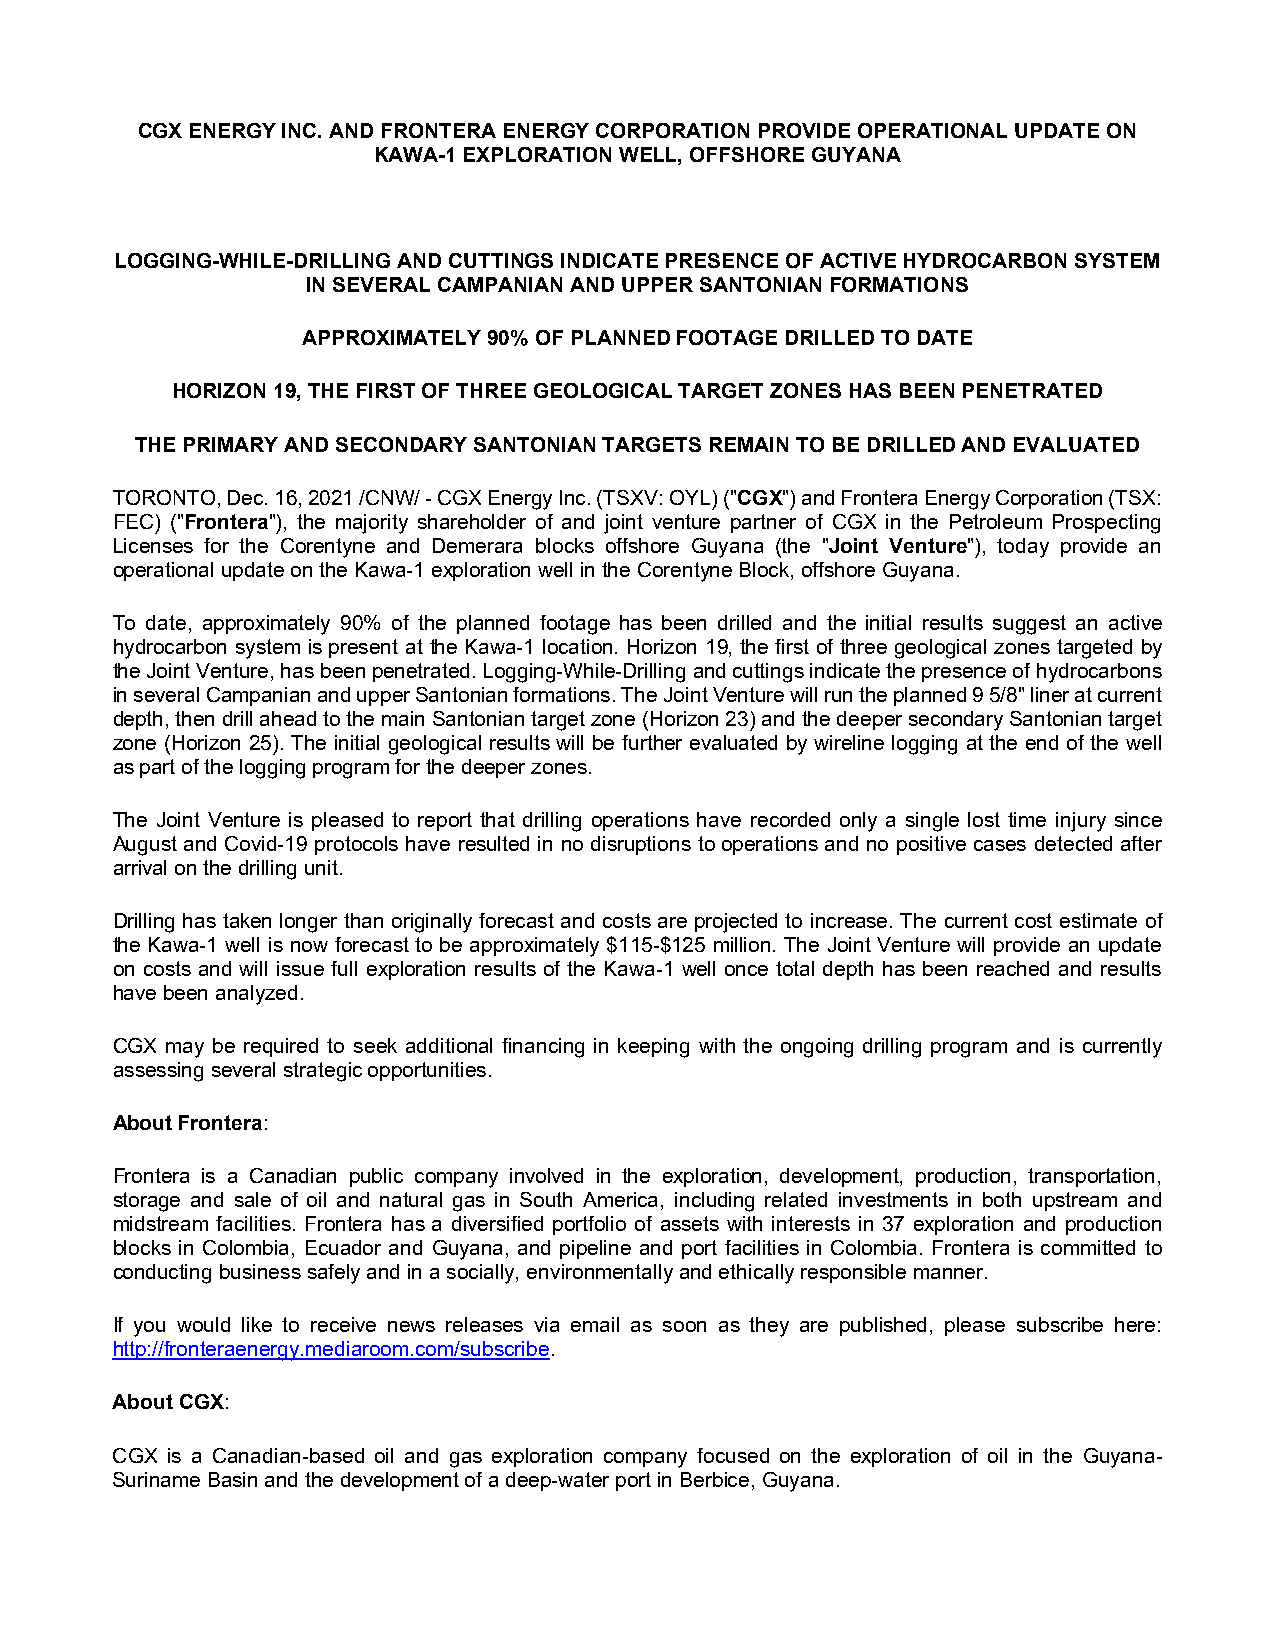
CGX ENERGY INC. AND FRONTERA ENERGY CORPORATION PROVIDE OPERATIONAL UPDATE ON
 KAWA-1 EXPLORATION WELL, OFFSHORE GUYANA
 LOGGING-WHILE-DRILLING AND CUTTINGS INDICATE PRESENCE OF ACTIVE HYDROCARBON SYSTEM
 IN SEVERAL CAMPANIAN AND UPPER SANTONIAN FORMATIONS
 APPROXIMATELY 90% OF PLANNED FOOTAGE DRILLED TO DATE
 HORIZON 19, THE FIRST OF THREE GEOLOGICAL TARGET ZONES HAS BEEN PENETRATED
 THE PRIMARY AND SECONDARY SANTONIAN TARGETS REMAIN TO BE DRILLED AND EVALUATED
 TORONTO, Dec. 16, 2021 /CNW/ - CGX Energy Inc. (TSXV: OYL) ("CGX") and Frontera Energy Corporation (TSX:
 FEC) ("Frontera"), the majority shareholder of and joint venture partner of CGX in the Petroleum Prospecting
 Licenses for the Corentyne and Demerara blocks offshore Guyana (the "Joint Venture"), today provide an
 operational update on the Kawa-1 exploration well in the Corentyne Block, offshore Guyana.
 To date, approximately 90% of the planned footage has been drilled and the initial results suggest an active
 hydrocarbon system is present at the Kawa-1 location. Horizon 19, the first of three geological zones targeted by
 the Joint Venture, has been penetrated. Logging-While-Drilling and cuttings indicate the presence of hydrocarbons
 in several Campanian and upper Santonian formations. The Joint Venture will run the planned 9 5/8" liner at current
 depth, then drill ahead to the main Santonian target zone (Horizon 23) and the deeper secondary Santonian target
 zone (Horizon 25). The initial geological results will be further evaluated by wireline logging at the end of the well
 as part of the logging program for the deeper zones.
 The Joint Venture is pleased to report that drilling operations have recorded only a single lost time injury since
 August and Covid-19 protocols have resulted in no disruptions to operations and no positive cases detected after
 arrival on the drilling unit.
 Drilling has taken longer than originally forecast and costs are projected to increase. The current cost estimate of
 the Kawa-1 well is now forecast to be approximately $115-$125 million. The Joint Venture will provide an update
 on costs and will issue full exploration results of the Kawa-1 well once total depth has been reached and results
 have been analyzed.
 CGX may be required to seek additional financing in keeping with the ongoing drilling program and is currently
 assessing several strategic opportunities.
 About Frontera:
 Frontera is a Canadian public company involved in the exploration, development, production, transportation,
 storage and sale of oil and natural gas in South America, including related investments in both upstream and
 midstream facilities. Frontera has a diversified portfolio of assets with interests in 37 exploration and production
 blocks in Colombia, Ecuador and Guyana, and pipeline and port facilities in Colombia. Frontera is committed to
 conducting business safely and in a socially, environmentally and ethically responsible manner.
 If you would like to receive news releases via email as soon as they are published, please subscribe here:
 http://fronteraenergy.mediaroom.com/subscribe.
 About CGX:
 CGX is a Canadian-based oil and gas exploration company focused on the exploration of oil in the Guyana-
 Suriname Basin and the development of a deep-water port in Berbice, Guyana.